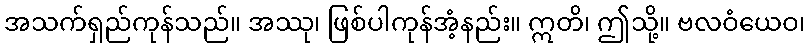
အသက်ရှည်ကုန်သည်။ အဿု၊ ဖြစ်ပါကုန်အံ့နည်း။ ဣတိ၊ ဤသို့။ ဗလဝံယေဝ၊